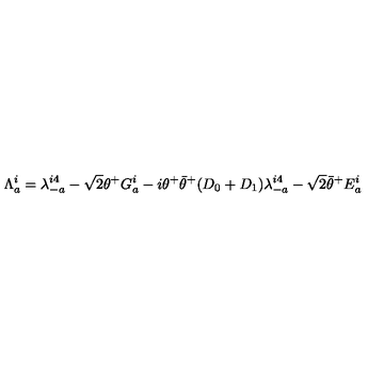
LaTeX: \Lambda _ { a } ^ { i } = \lambda _ { - a } ^ { i 4 } - \sqrt 2 \theta ^ { + } G _ { a } ^ { i } - i \theta ^ { + } { \bar { \theta } } ^ { + } ( D _ { 0 } + D _ { 1 } ) \lambda _ { - a } ^ { i 4 } - \sqrt 2 { \bar { \theta } } ^ { + } E _ { a } ^ { i }